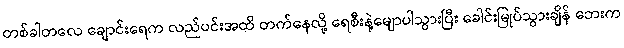
တစ်ခါတလေ ချောင်းရေက လည်ပင်းအထိ တက်နေလို့ ရေစီးနဲ့မျောပါသွားပြီး ခေါင်းမြုပ်သွားချိန် ဘေးက